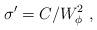
LaTeX: \begin{align*} \sigma^\prime=C/W_\phi^2~,\end{align*}